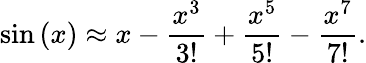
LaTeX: \sin\left(x\right)\approx x-{\frac{x^{3}}{3!}}+{\frac{x^{5}}{5!}}-{\frac{x^{7}}{7!}}.